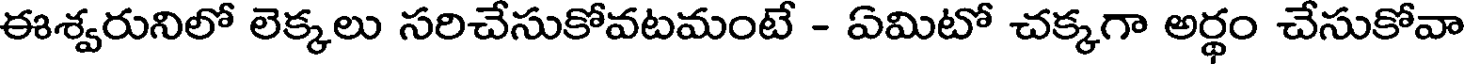
ఈశ్వరునిలో లెక్కలు సరిచేసుకోవటమంటే - ఏమిటో చక్కగా అర్థం చేసుకోవా